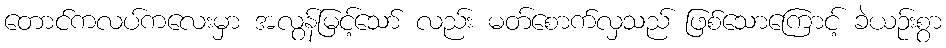
တောင်ကလပ်ကလေးမှာ အလွန်မြင့်သော် လည်း မတ်စောက်လှသည် ဖြစ်သောကြောင့် ခဲယဉ်းစွာ